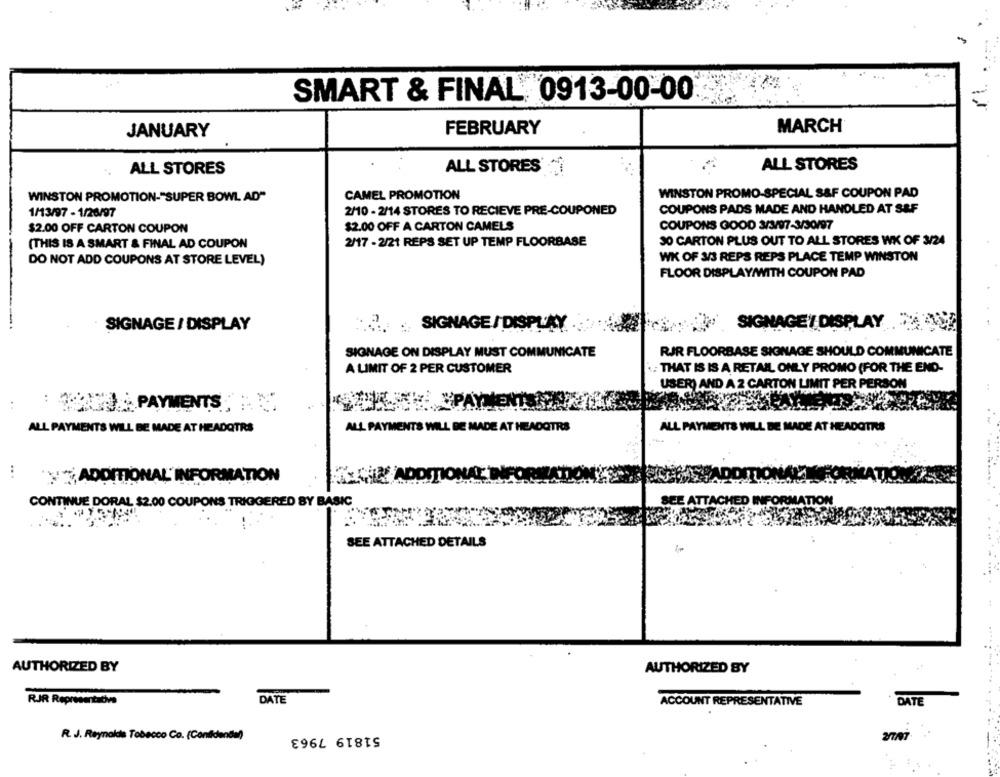
SMART & FINAL 0913-00-00
JANUARY
FEBRUARY
MARCH
ALL STORES
ALL STORES
ALL STORES
WINSTON PROMO-SPECIAL S&F COUPON PAD
WINSTON PROMOTION-"SUPER BOWL AD"
CAMEL PROMOTION
COUPONS PADS MADE AND HANDLED AT S&F
1/13/97 - 1/26/97
2/10 - 2/14 STORES TO RECIEVE PRE-COUPONED
COUPONS GOOD 3/3/97-3/30/97
$2.00 OFF CARTON COUPON
$2.00 OFF A CARTON CAMELS
JO CARTON PLUS OUT TO ALL STORES WK OF 3/24
(THIS IS A SMART & FINAL AD COUPON
2/17 - 2/21 REPS SET UP TEMP FLOORBASE
DO NOT ADD COUPONS AT STORE LEVEL)
WK OF 3/3 REPS REPS PLACE TEMP WINSTON
FLOOR DISPLAY/WITH COUPON PAD
-
-.
SIGNAGE / DISPLAY
:2. SIGNAGE/DISPLAY
desde SIGNAGEY DISPLAY
SIGNAGE ON DISPLAY MUST COMMUNICATE
RJR FLOORBASE SIGNAGE SHOULD COMMUNICATE
A LIMIT OF 2 PER CUSTOMER
: THAT IS IS A RETAIL ONLY PROMO (FOR THE END-
USER) AND A 2 CARTON LIMIT PER PERSON
: 1)PAYMENTS
ALL PAYMENTS
LL BE MADE AT HEADOTRS
ALL PAYMENTS WILL BE MADE AT HEADOTRS
ALL PAYMENTS WILL BE MADE AT HEADQTRS
:
yADDITIONAL INFORMATION
CONTINUE DORAL $2.00 COUPONS TRIGGERED BY BASIC
TON
SEE ATTACHED DETAILS
AUTHORIZED BY
AUTHORIZED BY
DATE
RJR Representative
ACCOUNT REPRESENTATIVE
DATE
51819 7963
R. J. Reynolds Tobacco Co. (Confidenta)